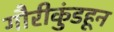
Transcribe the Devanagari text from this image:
गौरीकुंडहून